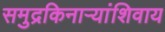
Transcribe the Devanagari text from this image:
समुद्रकिनार्‍यांशिवाय